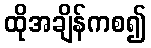
ထိုအချိန်ကစ၍